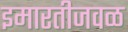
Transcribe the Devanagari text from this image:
इमारतीजवळ